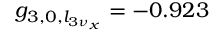
g _ { 3 , 0 , l _ { 3 \nu _ { x } } } = - 0 . 9 2 3